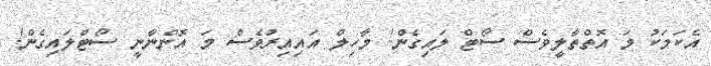
އެކަމަކު މަ އޮތްތާލީވެސް ސޯޓް ލައިގެން! މާހިލް އައިއިރުވެސް މަ އޮންނާނީ ސޯޓްލައިގެން!